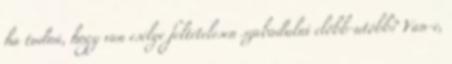
ha tudná, hogy van esélye feltételesen szabadulni előbb-utóbb? Van-e,